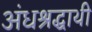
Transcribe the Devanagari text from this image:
अंधश्रद्धाथी